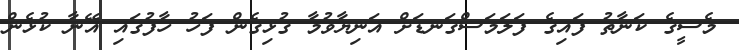
މެސީގެ ކަނާތު ފައިގެ ފަލަމަސްގަނޑަށް އަނިޔާވުމާ ގުޅިގެން ފަހު ހާފުގައި އޭނާ ކުޅެން